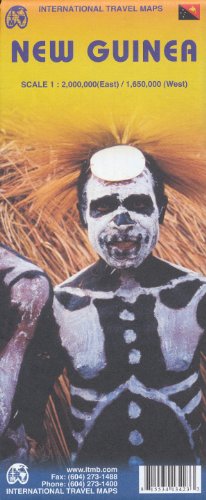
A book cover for Papua New Guinea 1:2,000,000 & Papua / Irian Jaya (Indonesia) 1:650,000 Travel Map; ITMB; Travel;